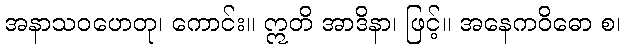
အနာသဝဟေတု၊ ကောင်း။ ဣတိ အာဒိနာ၊ ဖြင့်။ အနေကဝိဓော စ၊